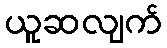
ယူဆလျက်